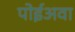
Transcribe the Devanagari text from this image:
पोईअवा